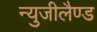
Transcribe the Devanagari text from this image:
न्युजीलैण्ड